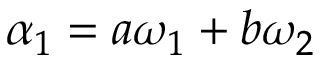
\alpha _ { 1 } = a \omega _ { 1 } + b \omega _ { 2 }